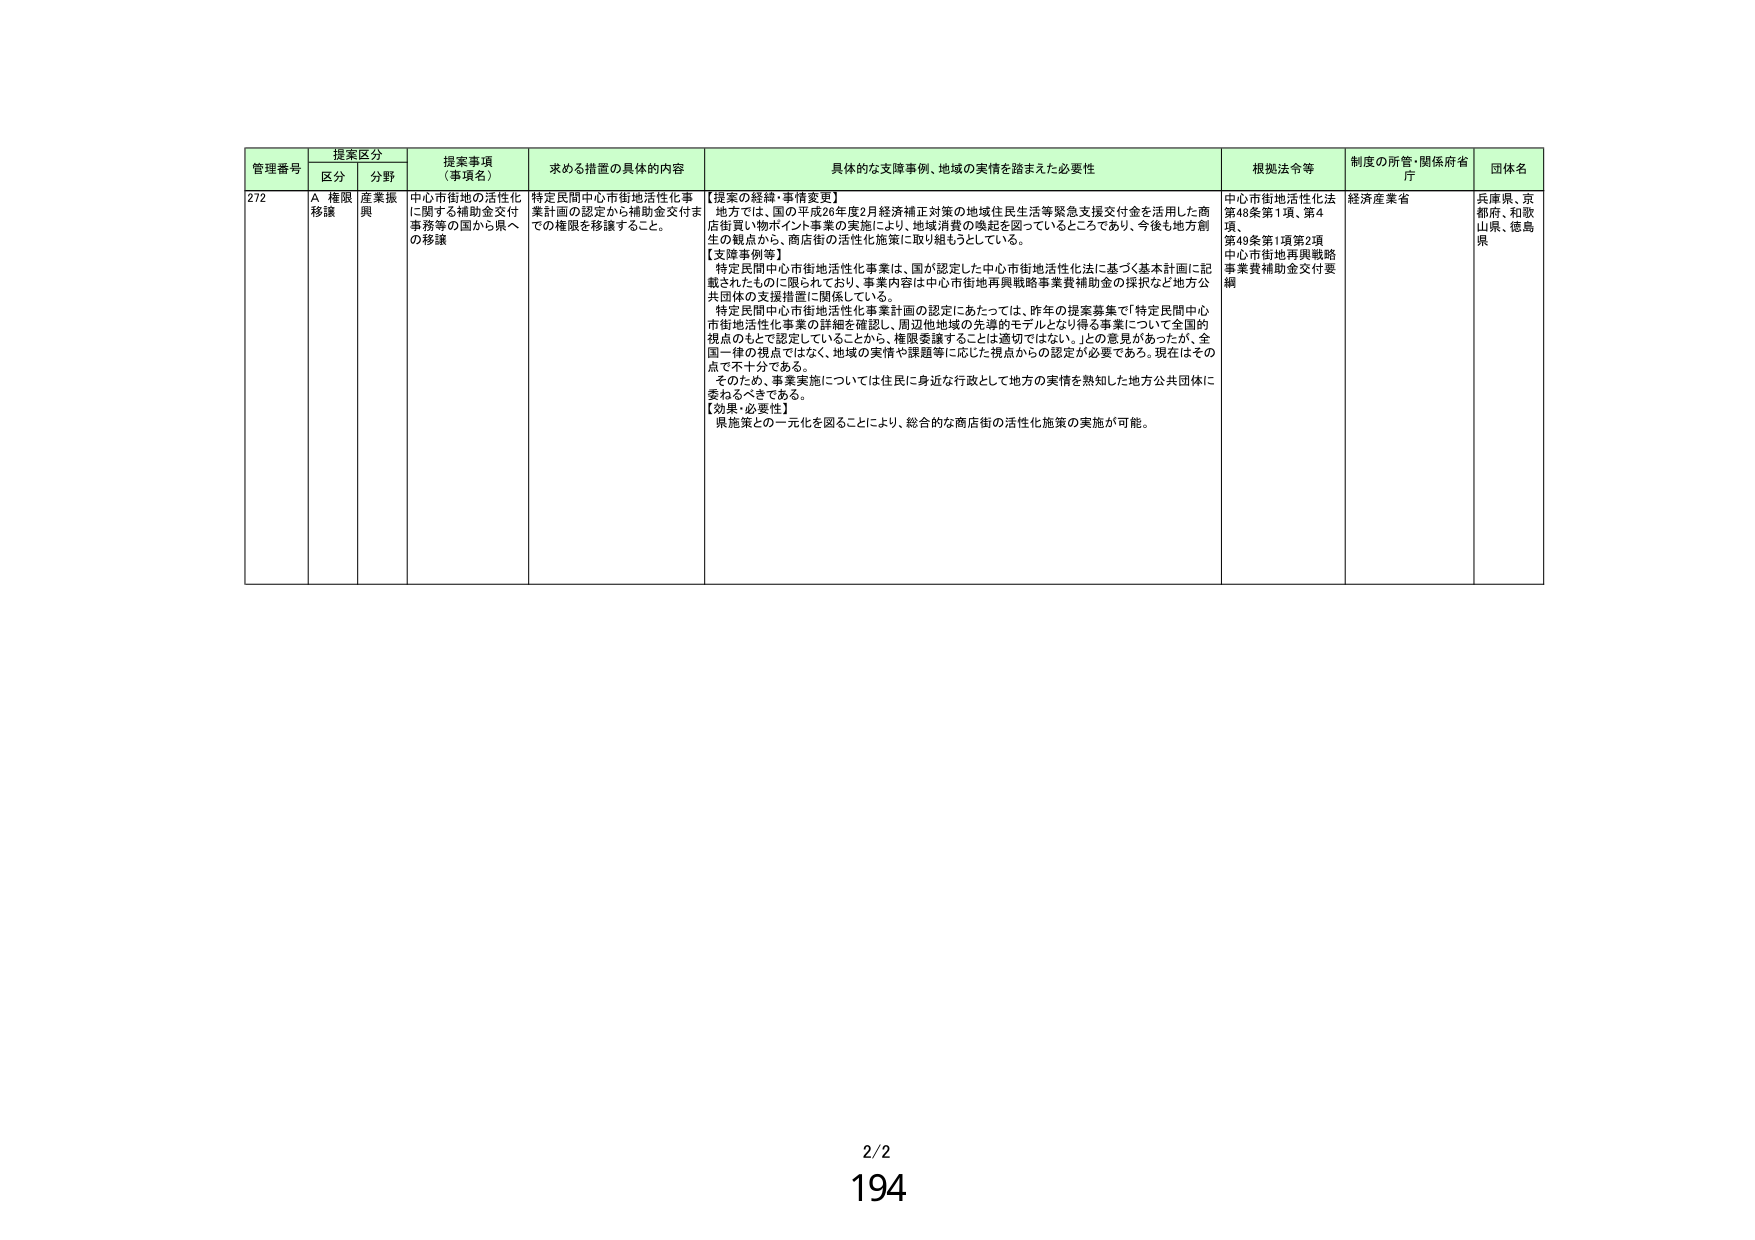
管理番号 提案区分
区分 分野
提案事項（事項名）
求める措置の具体的内容
具体的な支援事例、地域の実情を踏まえた必要性
根拠法令等
制度の所管・関係府省庁
団体名
272 A 権限移譲 産業振興 中心市街地の活性化に関する補助金交付事務等の国から県への移譲 特定民間中心市街地活性化事業計画の認定から補助金交付までの権限を移譲すること。 【提案の経緯・事情変更】 地方では、国の平成26年度2月経済補正対策の地域住民生活等緊急支援交付金を活用した商店街買い物ポイント事業の実施により、地域消費の喚起を図っているところであり、今後も地方創生の観点から、商店街の活性化施策に取り組もうとしている。 【支援事例等】 特定民間中心市街地活性化事業は、国が認定した中心市街地活性化法に基づく基本計画に記載されたものに限られており、事業内容は中心市街地再興戦略事業費補助金の採択など地方公共団体の支援措置に関係している。 特定民間中心市街地活性化事業計画の認定にあたっては、昨年の提案募集で「特定民間中心市街地活性化事業の詳細を確認し、周辺他地域の先導的モデルとなり得る事業について全国的視点のもとで認定していることから、権限委譲することは適切ではない。」との意見があったが、全国一律の視点ではなく、地域の実情や課題等に応じた視点からの認定が必要である。現在はその点で不十分である。 そのため、事業実施については住民に身近な行政として地方の実情を熟知した地方公共団体に委ねるべきである。 【効果・必要性】 県施策との一元化を図ることにより、総合的な商店街の活性化施策の実施が可能。 中心市街地活性化法第48条第1項、第4項、第49条第1項第2項 中心市街地再興戦略事業費補助金交付要綱 経済産業省 兵庫県、京都府、和歌山県、徳島県 2/2 194